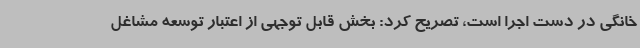
خانگی در دست اجرا است، تصریح کرد: بخش قابل توجهی از اعتبار توسعه مشاغل